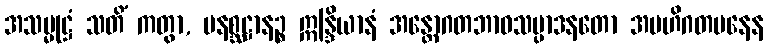
အသမ္မုဋ္ဌံ သတိံ ကတွာ, မနစ္ဆဋ္ဌာနဉ္စ ဣန္ဒြိယာနံ အန္တောဂတဘာဝသမ္ပာဒနတော အဗဟိဂတမနေန